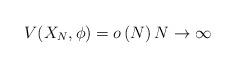
LaTeX: \begin{align*} V(X_N,\phi)=o\left(N\right) N\to\infty \end{align*}